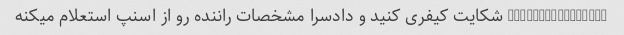
@yasamanbahador1 شکایت کیفری کنید و دادسرا مشخصات راننده رو از اسنپ استعلام میکنه